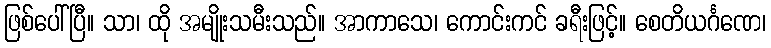
ဖြစ်ပေါ်ပြီ။ သာ၊ ထို အမျိုးသမီးသည်။ အာကာသေ၊ ကောင်းကင် ခရီးဖြင့်။ စေတိယင်္ဂဏေ၊